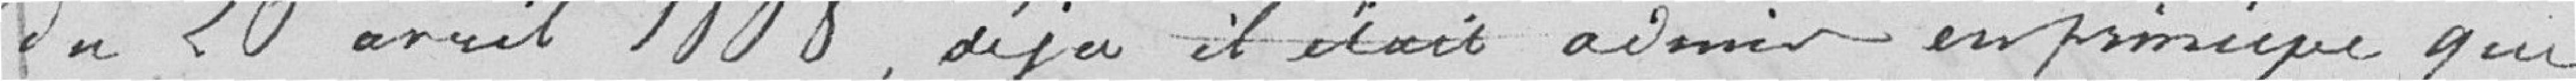
Du 26 Avril 1808, déjà il croit avoir exprimé qui